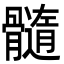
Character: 髓